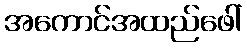
အကောင်အထည်ဖေါ်